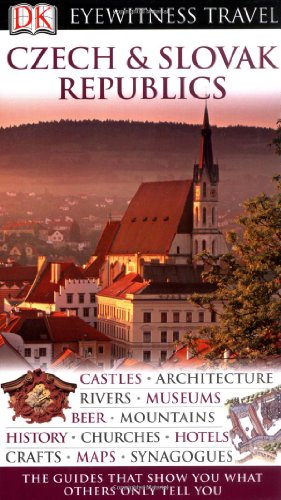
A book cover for Czech and Slovak Republics (DK Eyewitness Travel Guide); unknown; Travel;